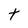
Character: t